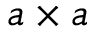
a \times a